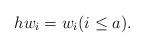
LaTeX: \begin{align*}hw_i=w_i (i\leq a).\end{align*}